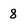
Character: 8